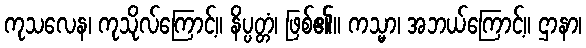
ကုသလေန၊ ကုသိုလ်ကြောင့်။ နိပ္ပတ္တံ၊ ဖြစ်၏။ ကသ္မာ၊ အဘယ်ကြောင့်။ ဌာနာ၊